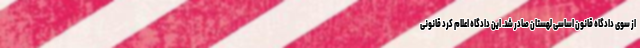
از سوی دادگاه قانون اساسی لهستان صادر شد. این دادگاه اعلام کرد قانونی